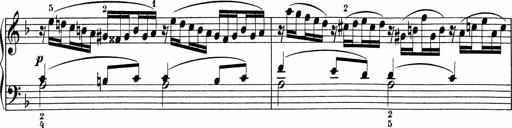
Title: 5 Sonatinen fÃ¼r die Jugend
Composer: Carl Reinecke